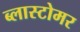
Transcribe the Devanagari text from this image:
ब्लास्टोमर